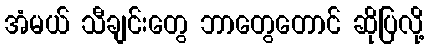
အံမယ် သီချင်းတွေ ဘာတွေတောင် ဆိုပြလို့